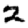
Digit: 2